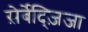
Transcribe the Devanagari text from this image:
स़ेर्बेद्ज़िजा